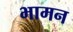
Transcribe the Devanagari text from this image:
भामन